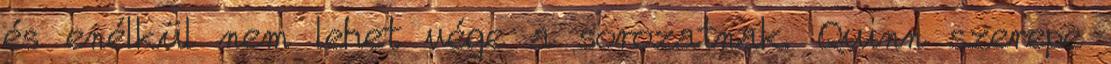
és enélkül nem lehet vége a sorozatnak. Quinn szerepe